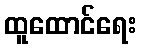
ထူထောင်ရေး